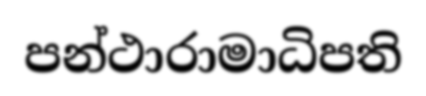
පන්ථාරාමාධිපති